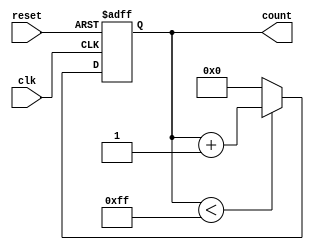
module MemoryBlocksUpCounter #(
    parameter BIT_WIDTH = 8,          // Bit width for the counter
    parameter INITIAL_VALUE = 0,      // Initial value for the counter
    parameter MAX_COUNT_VALUE = 255    // Maximum count value
)(
    input wire clk,                   // Clock input
    input wire reset,                 // Asynchronous reset input
    output reg [BIT_WIDTH-1:0] count  // Count output
);

    // Asynchronous reset and counting mechanism
    always @(posedge clk or posedge reset) begin
        if (reset) begin
            // Reset the counter to the initial value
            count <= INITIAL_VALUE;
        end else begin
            // Increment the counter
            if (count < MAX_COUNT_VALUE) begin
                count <= count + 1;
            end else begin
                // Reset to initial value if maximum count is exceeded
                count <= INITIAL_VALUE;
            end
        end
    end

endmodule